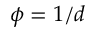
\phi = 1 / d